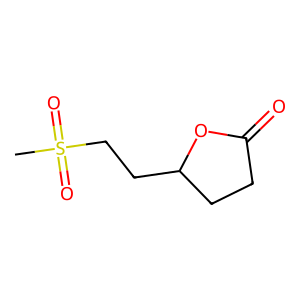
SMILES: CS(=O)(=O)CCC1CCC(=O)O1
Inhibits HIV replication: No